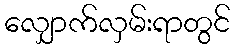
လျှောက်လှမ်းရာတွင်